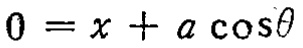
\(0 = x + a \cos\theta\)